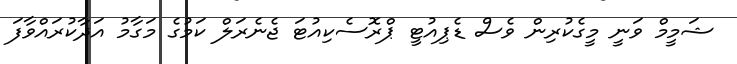
ޝަމީމް ވަނީ މީގެކުރިން ވެސް ޑެޕިއުޓީ ޕްރޮސެކިއުޓަ ޖެނެރަލް ކަމުގެ މަގާމު އަދާކުރައްވާފަ